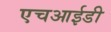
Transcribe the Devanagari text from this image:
एचआईडी